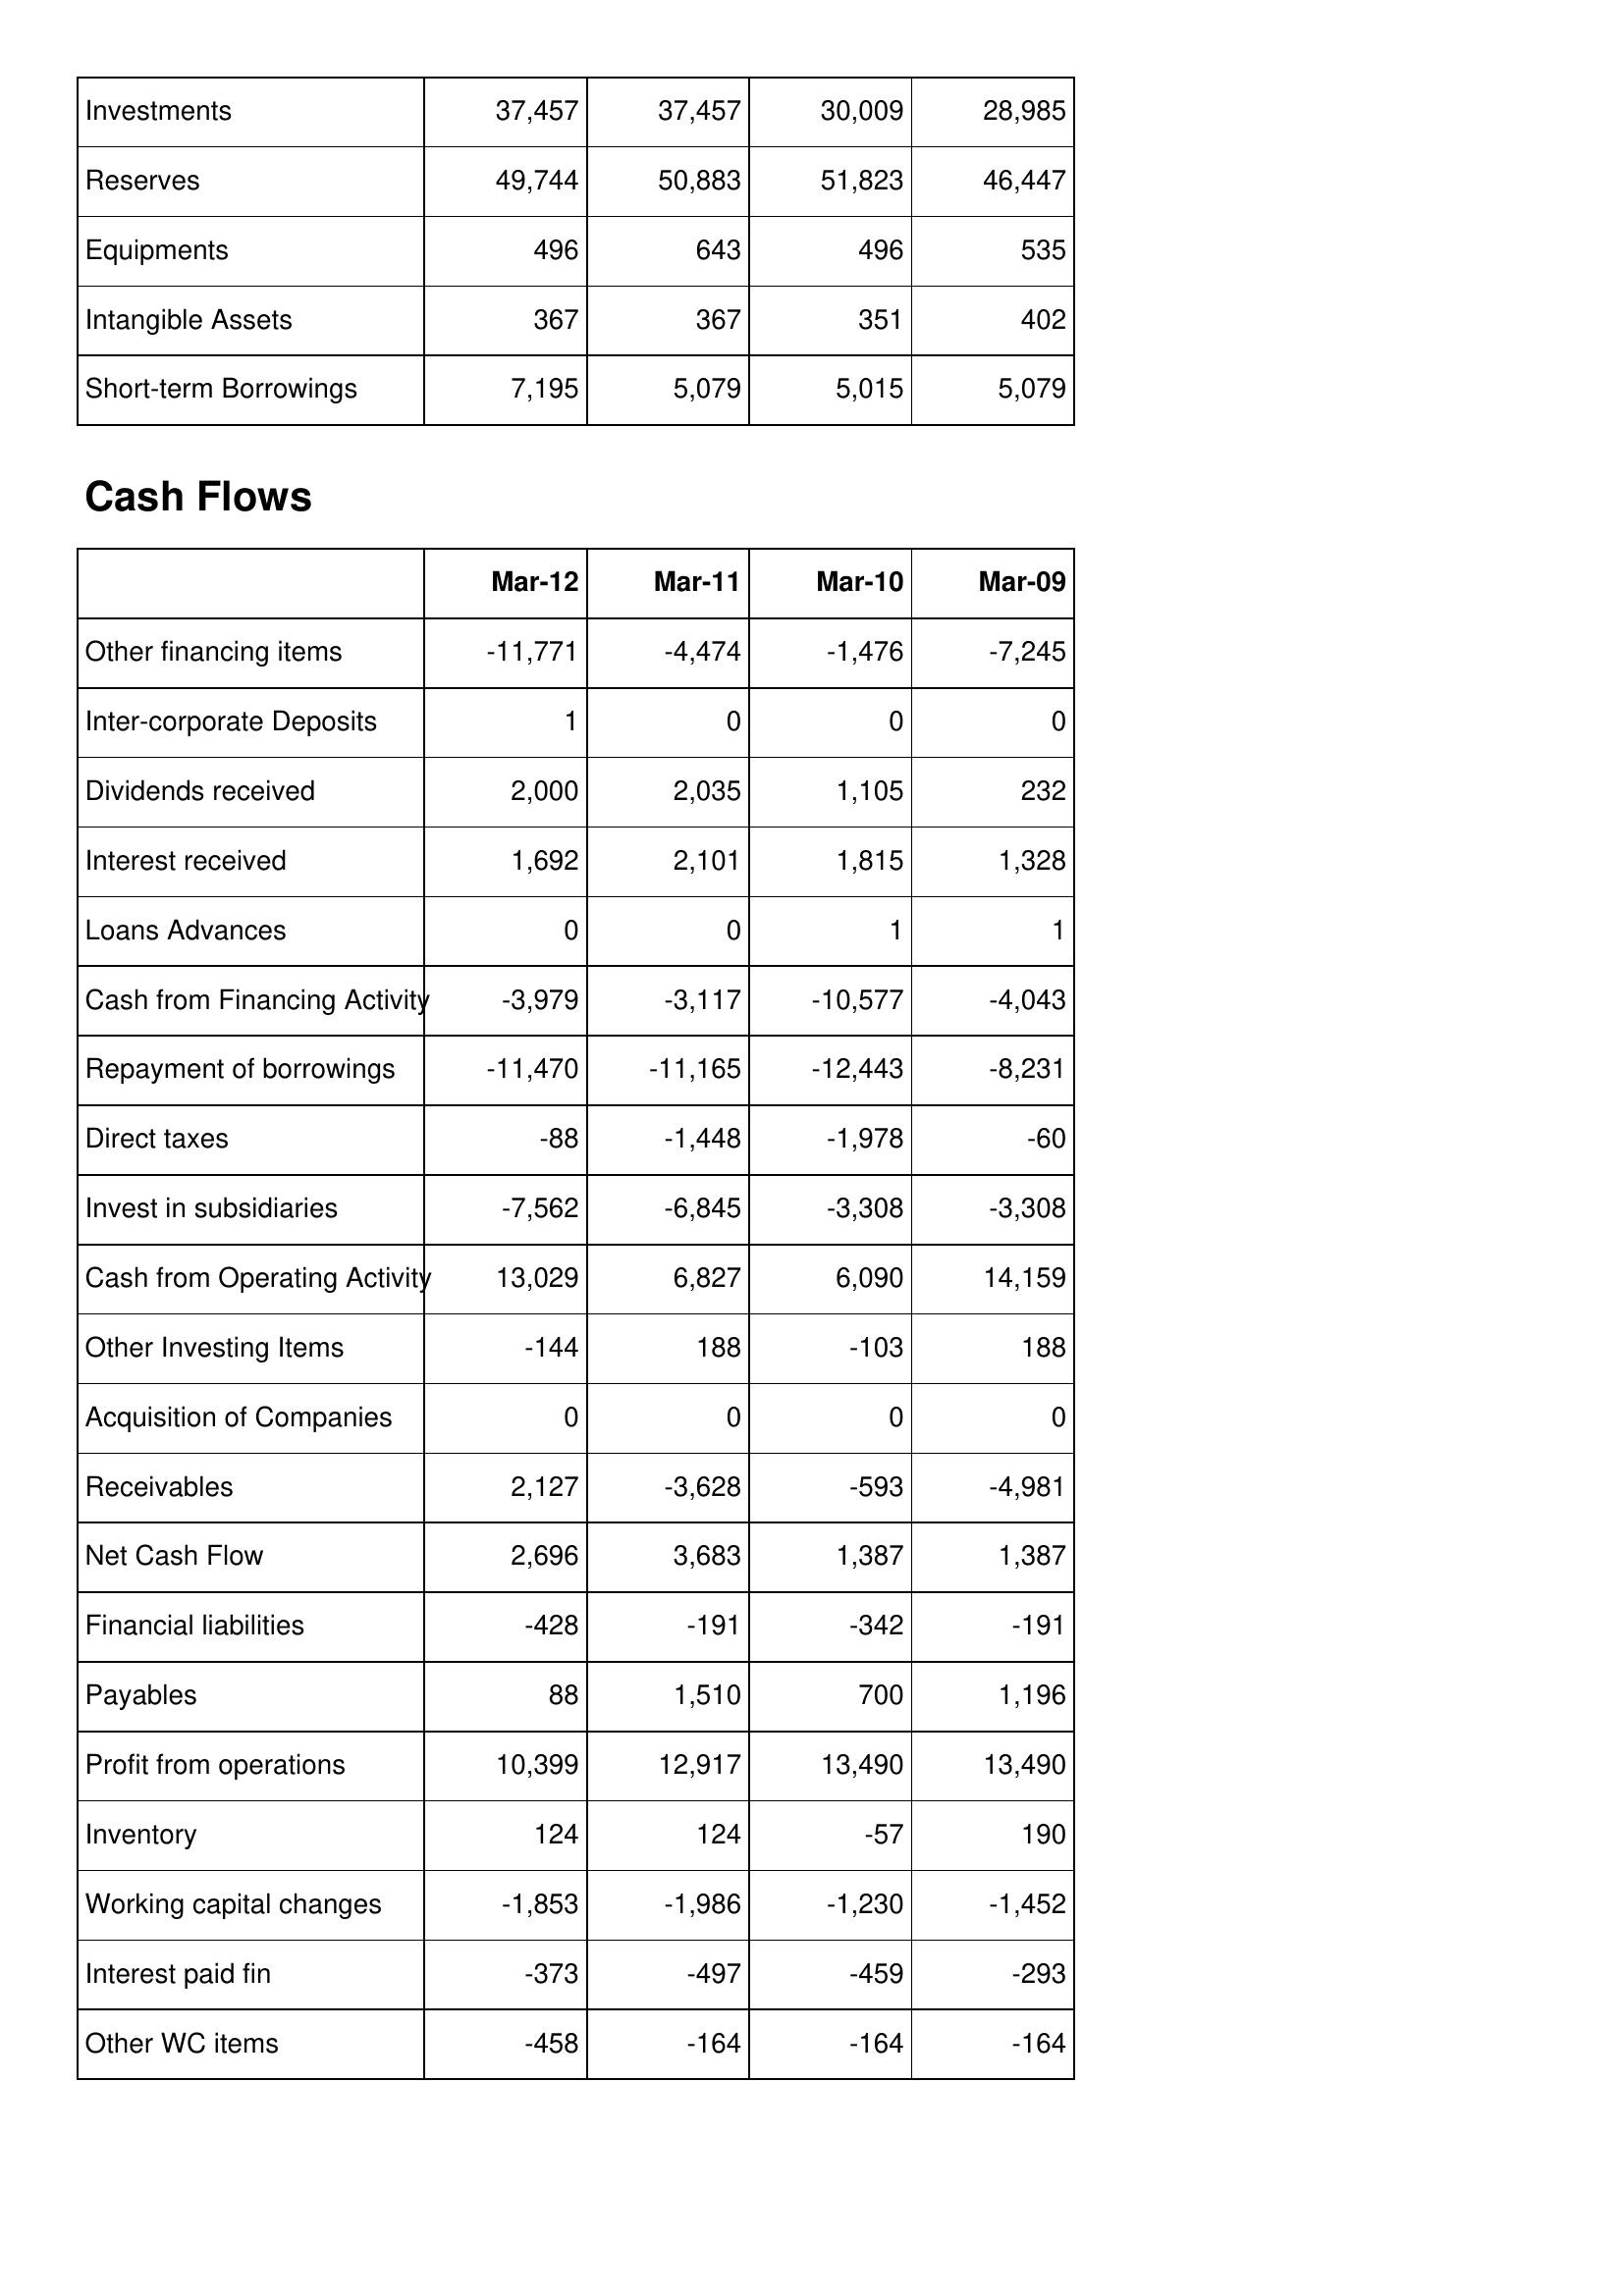
Mar-12: Balance Sheet: Investments: 37,457
Reserves: 49,744
Equipments: 496
Intangible Assets: 367
Short-term Borrowings: 7,195
Cash Flows: Other financing items: -11,771
Inter-corporate Deposits: 1
Dividends received: 2,000
Interest received: 1,692
Loans Advances: 0
Cash from Financing Activity: -3,979
Repayment of borrowings: -11,470
Direct taxes: -88
Invest in subsidiaries: -7,562
Cash from Operating Activity: 13,029
Other Investing Items: -144
Acquisition of Companies: 0
Receivables: 2,127
Net Cash Flow: 2,696
Financial liabilities: -428
Payables: 88
Profit from operations: 10,399
Inventory: 124
Working capital changes: -1,853
Interest paid fin: -373
Other WC items: -458
Mar-11: Balance Sheet: Investments: 37,457
Reserves: 50,883
Equipments: 643
Intangible Assets: 367
Short-term Borrowings: 5,079
Cash Flows: Other financing items: -4,474
Inter-corporate Deposits: 0
Dividends received: 2,035
Interest received: 2,101
Loans Advances: 0
Cash from Financing Activity: -3,117
Repayment of borrowings: -11,165
Direct taxes: -1,448
Invest in subsidiaries: -6,845
Cash from Operating Activity: 6,827
Other Investing Items: 188
Acquisition of Companies: 0
Receivables: -3,628
Net Cash Flow: 3,683
Financial liabilities: -191
Payables: 1,510
Profit from operations: 12,917
Inventory: 124
Working capital changes: -1,986
Interest paid fin: -497
Other WC items: -164
Mar-10: Balance Sheet: Investments: 30,009
Reserves: 51,823
Equipments: 496
Intangible Assets: 351
Short-term Borrowings: 5,015
Cash Flows: Other financing items: -1,476
Inter-corporate Deposits: 0
Dividends received: 1,105
Interest received: 1,815
Loans Advances: 1
Cash from Financing Activity: -10,577
Repayment of borrowings: -12,443
Direct taxes: -1,978
Invest in subsidiaries: -3,308
Cash from Operating Activity: 6,090
Other Investing Items: -103
Acquisition of Companies: 0
Receivables: -593
Net Cash Flow: 1,387
Financial liabilities: -342
Payables: 700
Profit from operations: 13,490
Inventory: -57
Working capital changes: -1,230
Interest paid fin: -459
Other WC items: -164
Mar-09: Balance Sheet: Investments: 28,985
Reserves: 46,447
Equipments: 535
Intangible Assets: 402
Short-term Borrowings: 5,079
Cash Flows: Other financing items: -7,245
Inter-corporate Deposits: 0
Dividends received: 232
Interest received: 1,328
Loans Advances: 1
Cash from Financing Activity: -4,043
Repayment of borrowings: -8,231
Direct taxes: -60
Invest in subsidiaries: -3,308
Cash from Operating Activity: 14,159
Other Investing Items: 188
Acquisition of Companies: 0
Receivables: -4,981
Net Cash Flow: 1,387
Financial liabilities: -191
Payables: 1,196
Profit from operations: 13,490
Inventory: 190
Working capital changes: -1,452
Interest paid fin: -293
Other WC items: -164